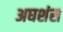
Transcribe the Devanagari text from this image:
अघशंस